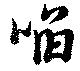
啗